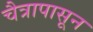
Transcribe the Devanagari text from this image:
चैत्रापासून